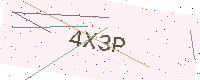
Text: 4X3P